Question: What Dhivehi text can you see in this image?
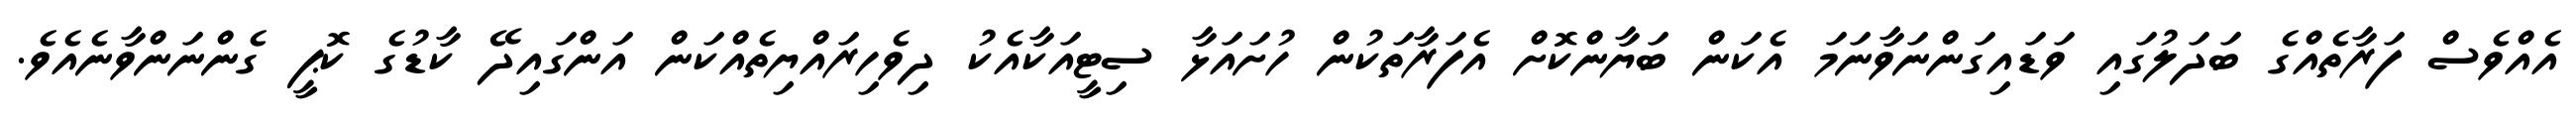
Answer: އެއްވެސް ފަރާތެއްގެ ބަދަލުގައި ވަޑައިގަންނަވާނަމަ އެކަން ބަޔާންކޮށް އެފަރާތަކުން ހުށައަޅާ ސިޓީއަކާއެކު ދިވެހިރައްޔިތެއްކަން އަންގައިދޭ ކާޑުގެ ކޮޕީ ގެންނަންވާނެއެވެ.